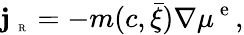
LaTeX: {\mathbf j}_{\mathrm{~\tiny~R~}}=-m(c,\bar{\xi})\nabla\mu^{\mathrm{~e~}},